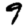
Digit: 9